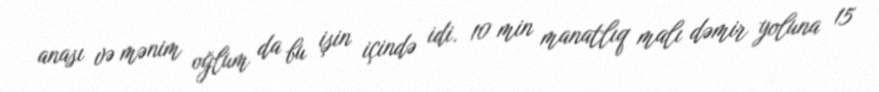
anası və mənim oğlum da bu işin içində idi. 10 min manatlıq malı dəmir yoluna 15